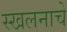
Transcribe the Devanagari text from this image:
स्खलनाचे